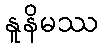
နူနိမဿ